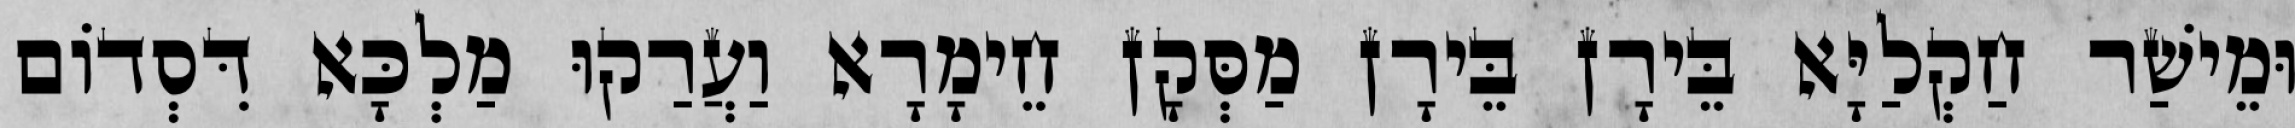
וּמֵישַׁר חַקְלַיָּא בֵּירָן בֵּירָן מַסְּקָן חֵימָרָא וַעֲרַקוּ מַלְכָּא דִּסְדוֹם